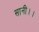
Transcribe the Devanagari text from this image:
सानी।।